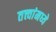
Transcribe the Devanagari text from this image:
तत्त्वांमध्ये